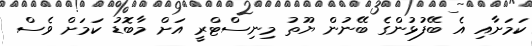
ކަމަށާއި އެ ބޭފުޅުންގެ ބޭނުން ޔޫތު މިނިސްޓްރީ އަށް މާބޮޑު ކަމަށް ވެސް